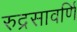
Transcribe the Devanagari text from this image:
रुद्रसावर्णि